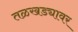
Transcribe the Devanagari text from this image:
तळखड्यावर